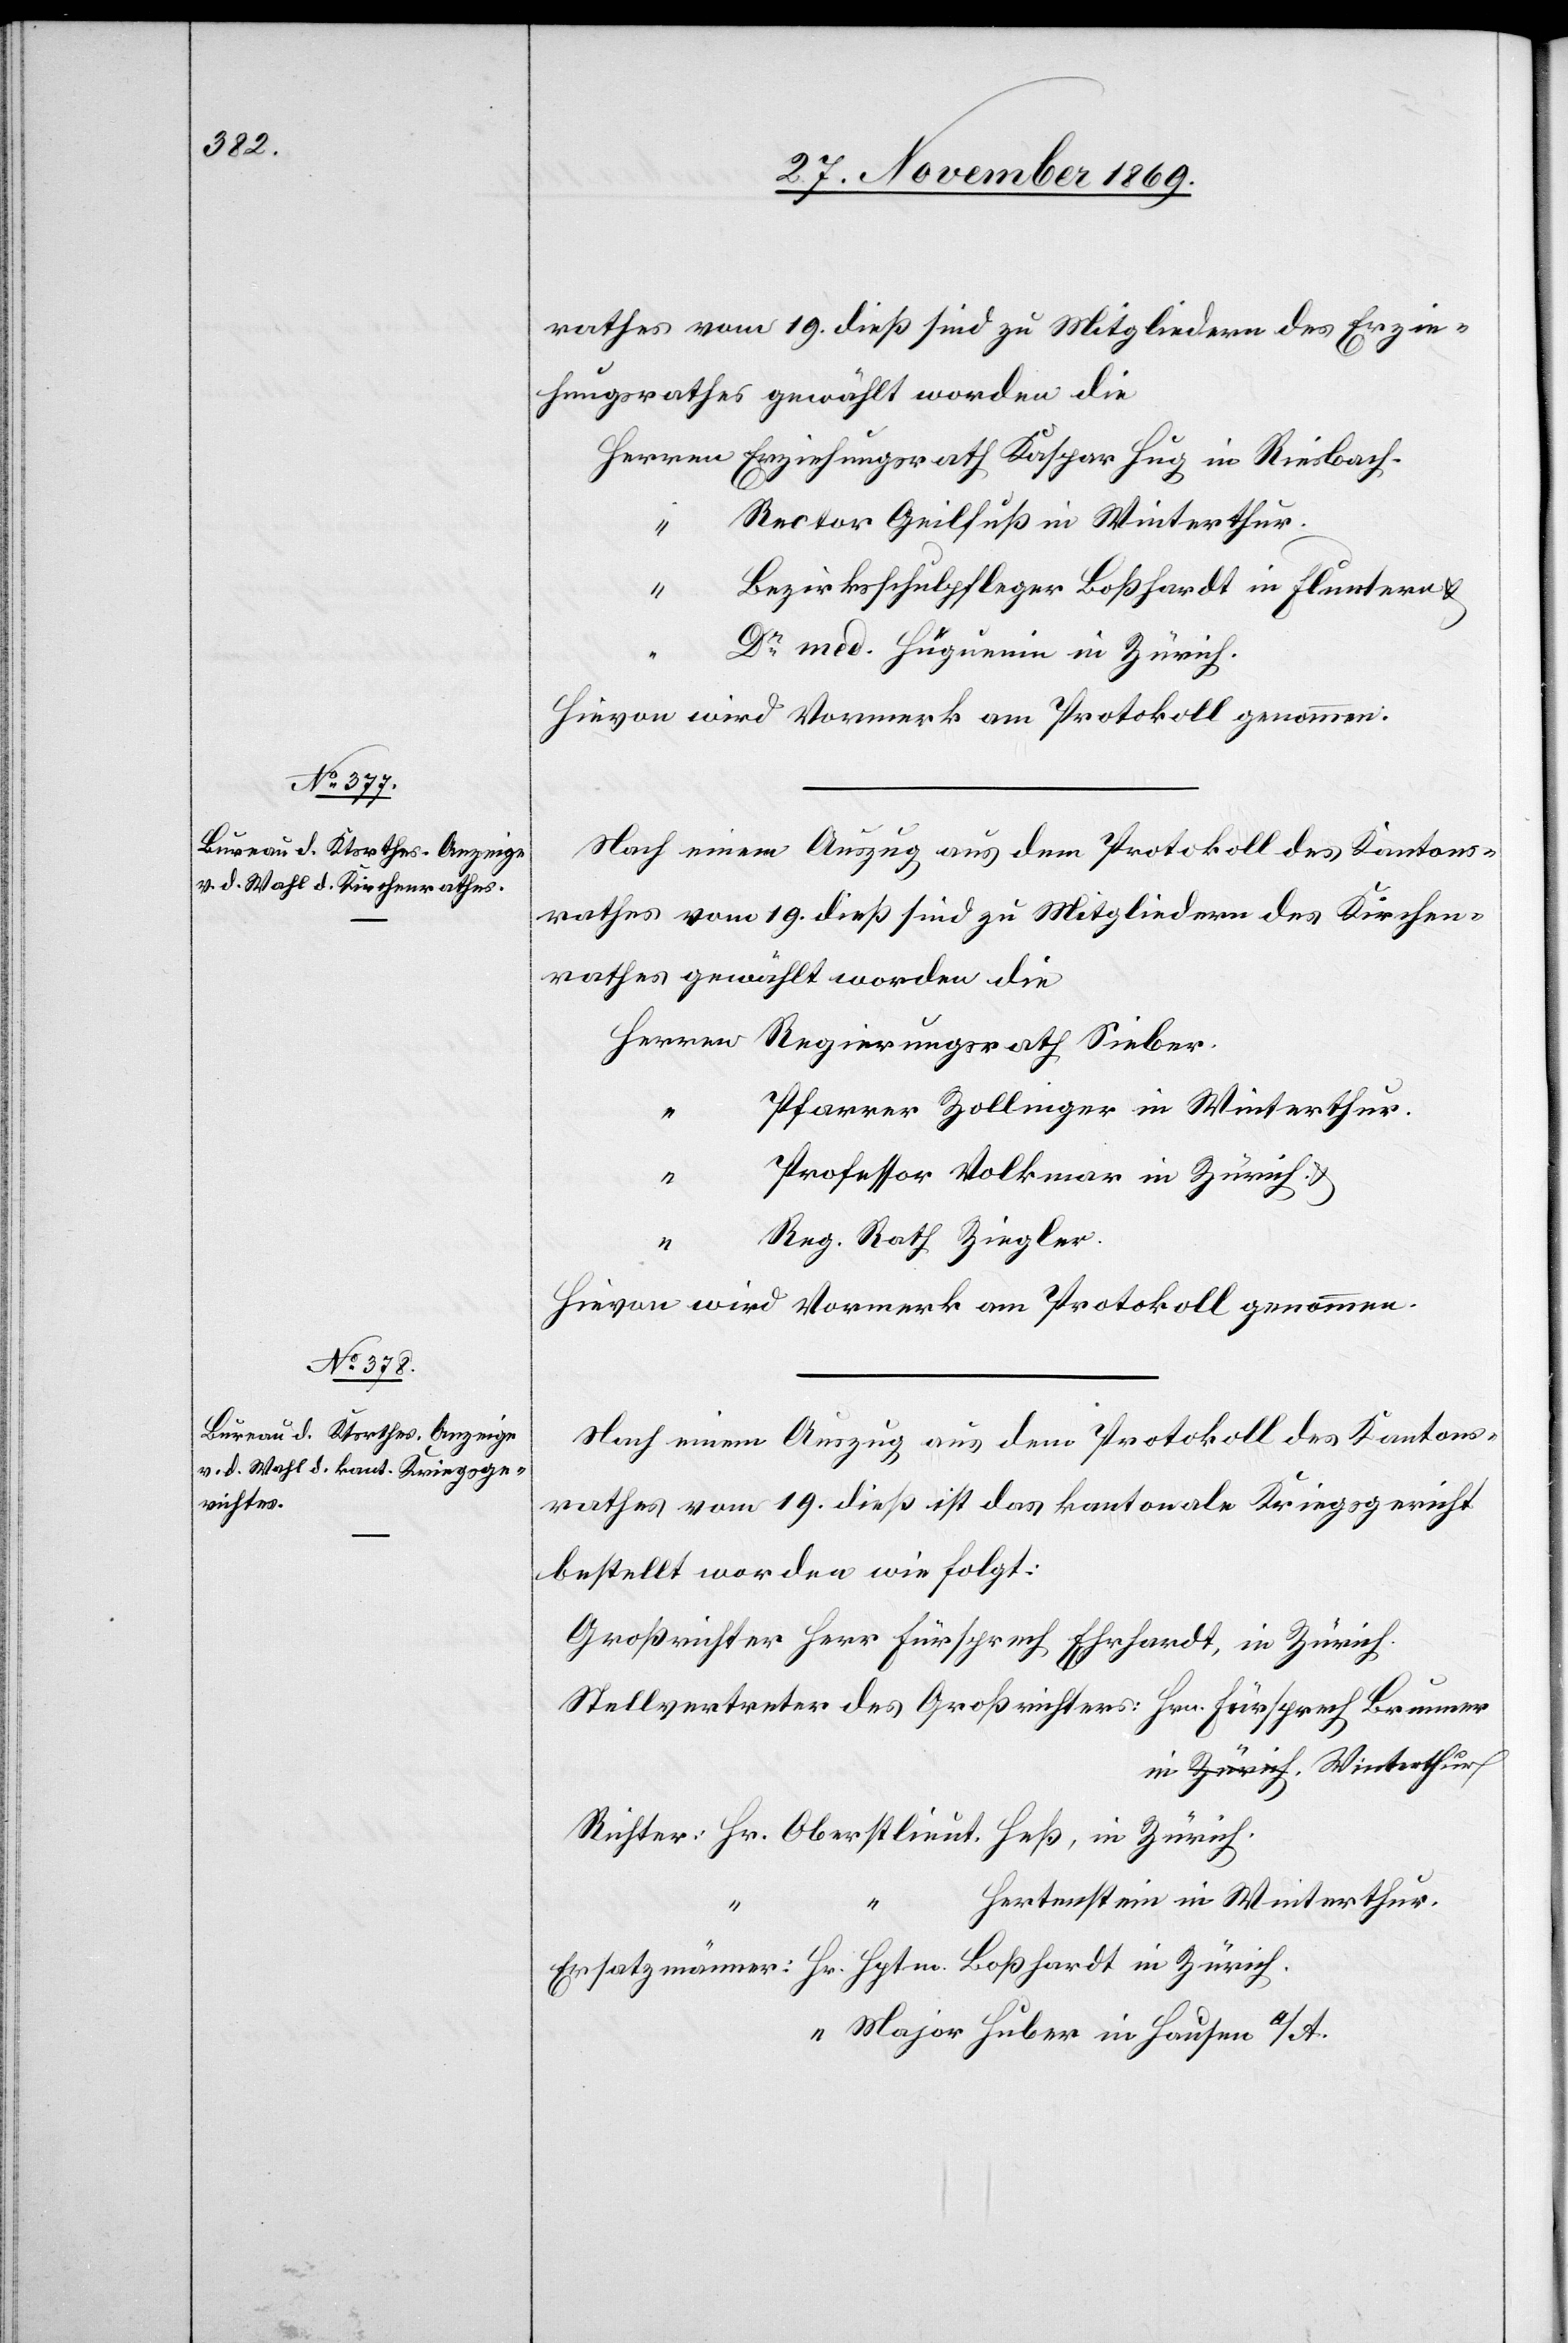
rathes vom 19. dieß sind zu Mitgliedern des Erzie¬
hungsrathes gewählt worden die
Herren Erziehungsrath Kaspar Hug in Riesbach.
“ Rector Geilfuß in Winterthur.
Bezirksschulpfleger Boßhardt in Fluntern &
Dr med. Hüguenin in Zürich.
Hievon wird Vormerk am Protokoll genommen.
Nach einem Auszug aus dem Protokoll des Kantons¬
rathes vom 19. dieß sind zu Mitgliedern des Kirchen¬
rathes gewählt worden die
Herren Regierungsrath Sieber.
Pfarrer Zollinger in Winterthur.
“
Professor Volkmar in Zürich &
“
Reg. Rath Ziegler.
Hievon wird Vormerk am Protokoll genommen.
Nach einem Auszug aus dem Protokoll des Kantons¬
rathes vom 19. dieß ist das kantonale Kriegsgericht
bestellt worden wie folgt:
Großrichter Herr Fürsprech Ehrhardt, in Zürich.
Stellvertreter des Großrichters: Hrn. Fürsprech Brunner
in a-Zürich-a Winterthur
Richter: Hr. Oberstlieut. Heß, in Zürich.
Hertenstein in Winterthur.
Ersatzmänner: Hr. Hptm. Boßhardt in Zürich.
“ Major Huber in Hausen a/A.